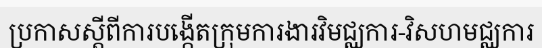
ប្រកាសស្តីពីការបង្កើតក្រុមការងារវិមជ្ឈការ-វិសហមជ្ឈការ